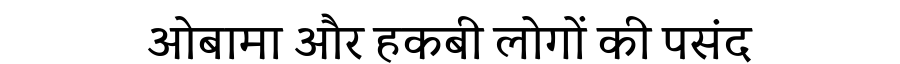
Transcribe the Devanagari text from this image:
ओबामा और हकबी लोगों की पसंद